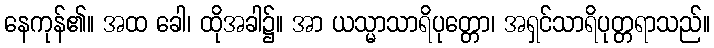
နေကုန်၏။ အထ ခေါ၊ ထိုအခါ၌။ အာ ယသ္မာသာရိပုတ္တော၊ အရှင်သာရိပုတ္တရာသည်။